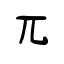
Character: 兀